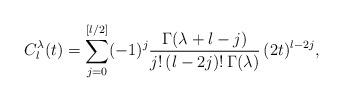
LaTeX: \begin{align*}C_l^\lambda(t)=\sum_{j=0}^{[l/2]}(-1)^j\frac{\Gamma(\lambda+l-j)}{j!\,(l-2j)!\,\Gamma(\lambda)}\,(2t)^{l-2j},\end{align*}